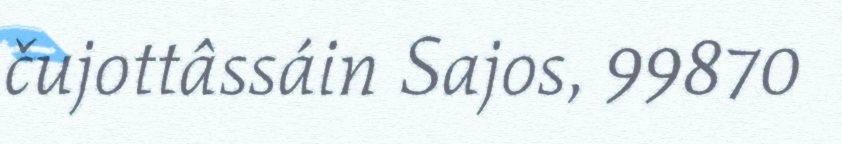
čujottâssáin Sajos, 99870